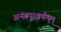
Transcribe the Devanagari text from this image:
अनंतपुरवर्णनम्